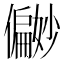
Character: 𪝹